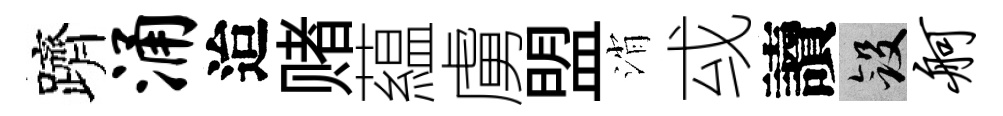
躋涌迨赌藴虜盟消㦯讀斂舸